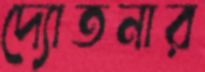
দ্যোতনার